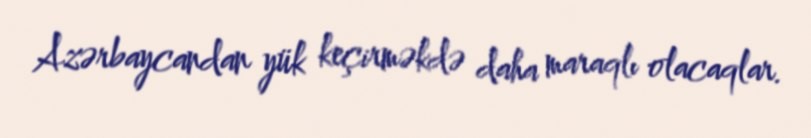
Azərbaycandan yük keçirməkdə daha maraqlı olacaqlar.